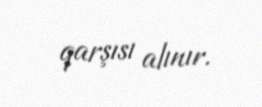
qarşısı alınır.